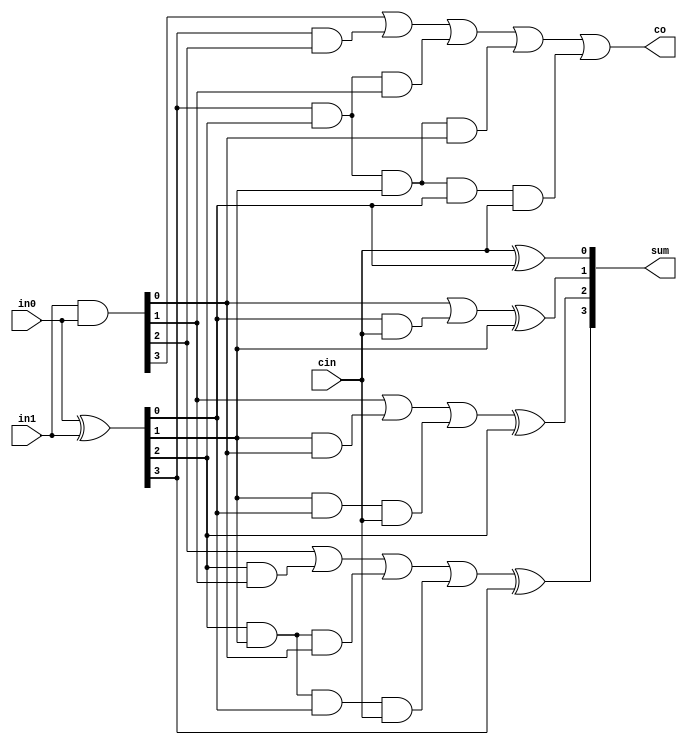
module four_b_CLA(sum, co, in0, in1, cin);
  input[3:0] in0, in1;
  input cin;
  output co;
  output[3:0] sum;
  wire[3:0] p, g;
  wire c1, c2, c3;
  //Gates for propagation
  assign p[3:0] = in0[3:0] ^ in1[3:0];
  assign g[3:0] = in1[3:0] & in0[3:0];
  //carry generate
  assign c0 = g[0] | (p[0] & cin);
  assign c1 = g[1] | (p[1] & g[0]) | (p[1] & p[0] & cin);
  assign c2 = g[2] | (p[2] & g[1]) | (p[2] & p[1] & g[0]) | (p[2] & p[1] & p[0] & cin);
  assign co = g[3] | (p[3] & g[2]) | (p[3] & p[2] & g[1]) | (p[3] & p[2] & p[1] & g[0]) |
  (p[3] & p[2] & p[1] & p[0] & cin);
  //sum generate
  assign sum[0] = cin ^ p[0];
  assign sum[1] = c0 ^ p[1];
  assign sum[2] = c1 ^ p[2];
  assign sum[3] = c2 ^ p[3];

endmodule